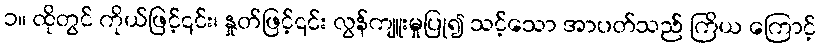
၁။ ထိုတွင် ကိုယ်ဖြင့်၎င်း၊ နှုတ်ဖြင့်၎င်း လွန်ကျူးမှုပြု၍ သင့်သော အာပတ်သည် ကြိယ ကြောင့်